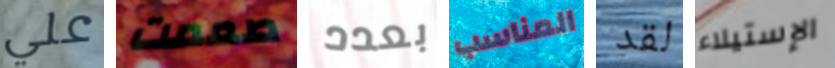
علي صممت بعدد المناسب لقد الإستيلاء